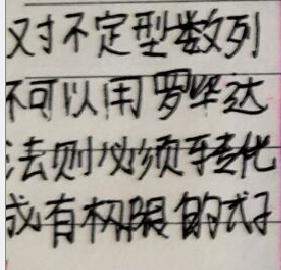
对于不定型数列，不可以用洛必达去则必须先转化成有极限的式子